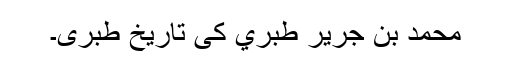
محمد بن جرير طبري کی تاريخ طبری۔